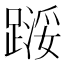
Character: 𬧇